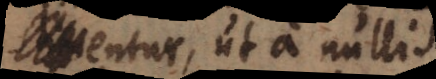
stabilientur, ut a nullis